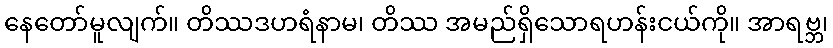
နေတော်မူလျက်။ တိဿဒဟရံနာမ၊ တိဿ အမည်ရှိသောရဟန်းငယ်ကို။ အာရဗ္ဘ၊